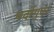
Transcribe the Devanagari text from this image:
वर्दागुएर